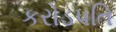
કરોડપતિ